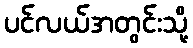
ပင်လယ်အတွင်းသို့